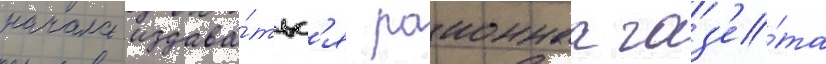
начала издава́тьс'я раионнаа газ'е́та